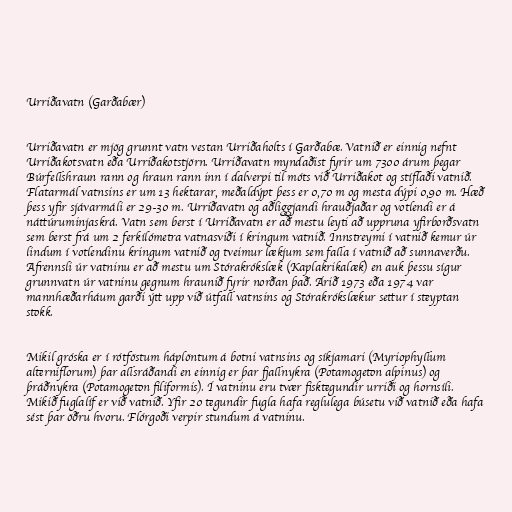
Urriðavatn (Garðabær)

Urriðavatn er mjög grunnt vatn vestan Urriðaholts í Garðabæ. Vatnið er einnig nefnt
Urriðakotsvatn eða Urriðakotstjörn. Urriðavatn myndaðist fyrir um 7300 árum þegar
Búrfellshraun rann og hraun rann inn í dalverpi til móts við Urriðakot og stíflaði vatnið.
Flatarmál vatnsins er um 13 hektarar, meðaldýpt þess er 0,70 m og mesta dýpi 0,90 m. Hæð
þess yfir sjávarmáli er 29-30 m. Urriðavatn og aðliggjandi hrauðjaðar og votlendi er á
náttúruminjaskrá. Vatn sem berst í Urriðavatn er að mestu leyti að uppruna yfirborðsvatn
sem berst frá um 2 ferkílómetra vatnasviði í kringum vatnið. Innstreymi í vatnið kemur úr
lindum í votlendinu kringum vatnið og tveimur lækjum sem falla í vatnið að sunnaverðu.
Afrennsli úr vatninu er að mestu um Stórakrókslæk (Kaplakrikalæk) en auk þessu sígur
grunnvatn úr vatninu gegnum hraunið fyrir norðan það. Árið 1973 eða 1974 var
mannhæðarháum garði ýtt upp við útfall vatnsins og Stórakrókslækur settur í steyptan
stokk.

Mikil gróska er í rótföstum háplöntum á botni vatnsins og síkjamari (Myriophyllum
alterniflorum) þar allsráðandi en einnig er þar fjallnykra (Potamogeton alpinus) og
þráðnykra (Potamogeton filiformis). Í vatninu eru tvær fisktegundir urriði og hornsíli.
Mikið fuglalíf er við vatnið. Yfir 20 tegundir fugla hafa reglulega búsetu við vatnið eða hafa
sést þar öðru hvoru. Flórgoði verpir stundum á vatninu.